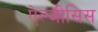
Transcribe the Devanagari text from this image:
ऐल्जीसिस